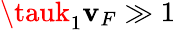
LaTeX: \tauk_{1}\mathbf{v}_{F}\gg1